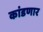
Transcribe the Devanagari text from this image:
कांडणार